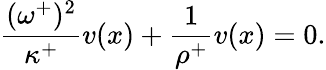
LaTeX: \frac{(\omega^{+})^{2}}{\kappa^{+}}v(x)+\frac{1}{\rho^{+}}v(x)=0.